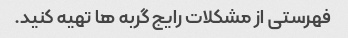
فهرستی از مشکلات رایج گربه ها تهیه کنید.